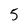
Character: 5